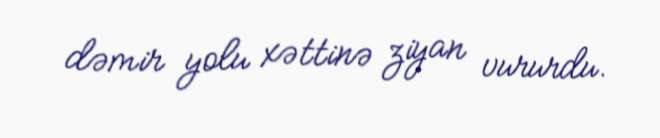
dəmir yolu xəttinə ziyan vururdu.